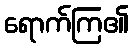
ရောက်ကြ၏